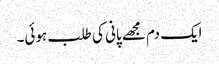
ایک دم مجھے پانی کی طلب ہوئی۔